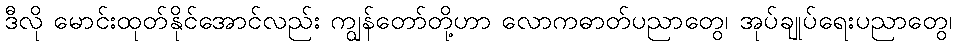
ဒီလို မောင်းထုတ်နိုင်အောင်လည်း ကျွန်တော်တို့ဟာ လောကဓာတ်ပညာတွေ၊ အုပ်ချုပ်ရေးပညာတွေ၊